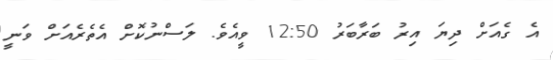
އެ ގެއަށް ދިޔަ އިރު ބަރާބަރު 12:50 ވީއެވެ. ލަސްނުކޮށް އެތެރެއަށް ވަނީ